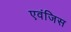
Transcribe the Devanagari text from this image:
एवंजिस